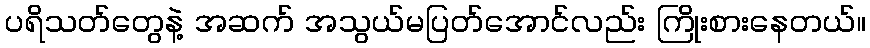
ပရိသတ်တွေနဲ့ အဆက် အသွယ်မပြတ်အောင်လည်း ကြိုးစားနေတယ်။